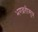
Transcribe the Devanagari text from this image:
भगव्रतीसूत्र